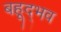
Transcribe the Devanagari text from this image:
बहूद्भव